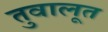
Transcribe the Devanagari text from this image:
तुवालूत